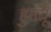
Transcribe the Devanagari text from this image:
हुमयूँ